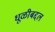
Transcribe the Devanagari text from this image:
धूळीबद्दल